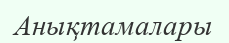
Анықтамалары